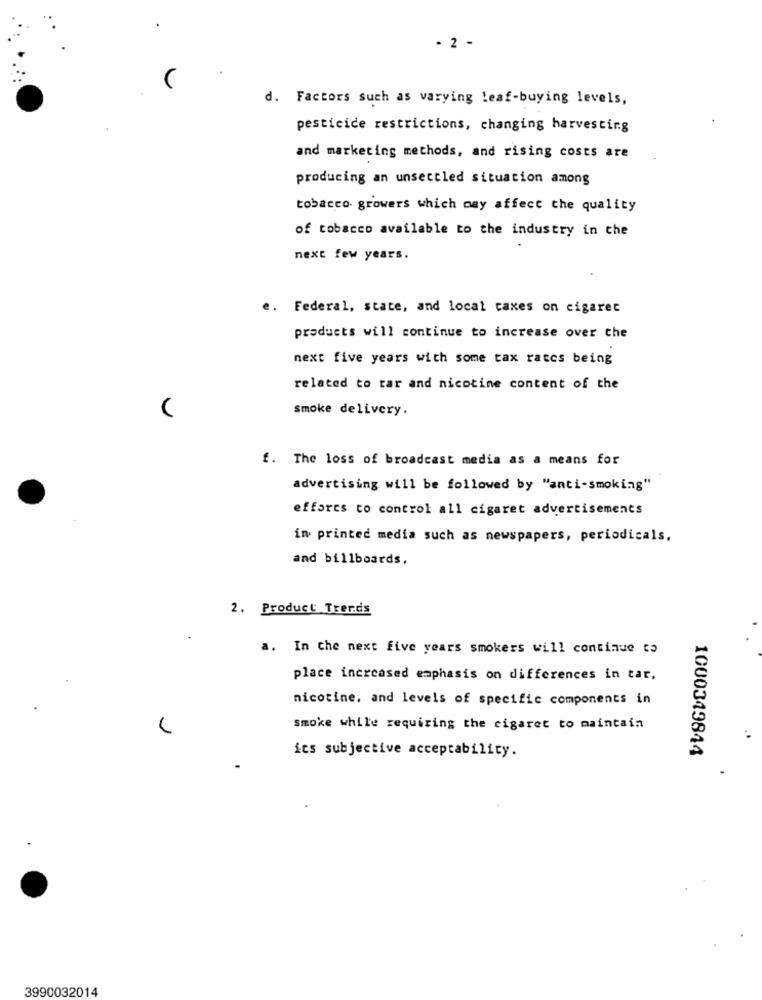
- 2 -
d. Factors such as varying leaf-buying levels,
pesticice restrictions, changing harvesting
and marketing methods, and rising costs are
producing an unsettled situation among
tobacco growers which may affect the quality
of tobacco available to the industry in the
next few years.
e. Federal, state, and local taxes on cigaret
products will continue to increase over the
next five years with some tax rates being
related to tar and nicotine content of the
smoke delivery.
f. The loss of broadcast media as a means for
advertising will be followed by "anti-smoking"
efforts to control all cigaret advertisements
in printed media such as newspapers, periodicals,
and billboards.
2. Product Trerds
a. In the next five years smokers will continue to
place increased emphasis on differences in tar,
nicotine, and levels of specific components in
Smoke while requiring the cigaret to maintain
1000349844
its subjective acceptability.
3990032014